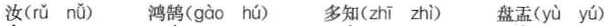
汝( rǔ nǚ )鸿鹄( gào hú )多知( zhī zhì ) 盘盂( yù yú )